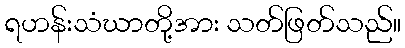
ရဟန်းသံဃာတို့အား သတ်ဖြတ်သည်။